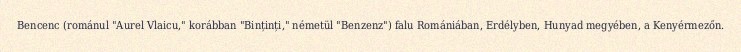
Bencenc (románul "Aurel Vlaicu," korábban "Binținți," németül "Benzenz") falu Romániában, Erdélyben, Hunyad megyében, a Kenyérmezőn.